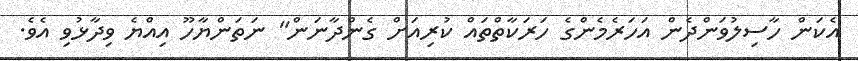
އެކަން ހާސިލުވަންދެން އަހަރެމެންގެ ހަރަކާތްތައް ކުރިއަށް ގެންދާނަން" ނަތަންޔާހޫ އިއްޔެ ވިދާޅުވި އެވެ.